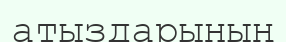
атыздарының